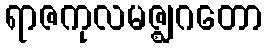
ရာဇကုလမဇ္ဈဂတော